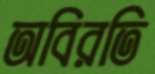
অবিরতি